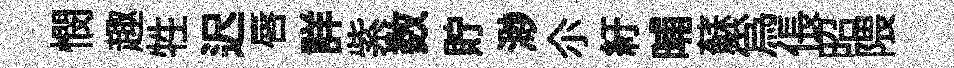
憫趣牲迟唇詳紫数貯渺尒紆晡蘇爲倀昭隈